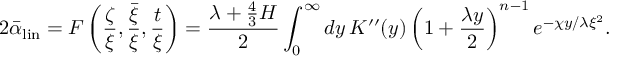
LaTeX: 2 \bar { \alpha } _ { \mathrm { l i n } } = F \left( { \frac { \zeta } { \xi } } , { \frac { \bar { \xi } } { \xi } } , { \frac { t } { \xi } } \right) = { \frac { \lambda + { \frac { 4 } { 3 } } H } { 2 } } \int _ { 0 } ^ { \infty } d y \, K ^ { \prime \prime } ( y ) \left( 1 + { \frac { \lambda y } { 2 } } \right) ^ { n - 1 } e ^ { - \chi y / \lambda \xi ^ { 2 } } .